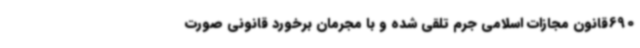
690قانون مجازات اسلامی جرم تلقی شده و با مجرمان برخورد قانونی صورت